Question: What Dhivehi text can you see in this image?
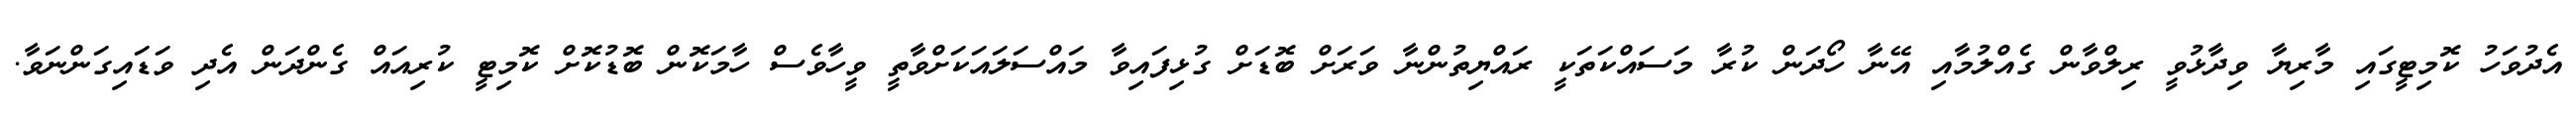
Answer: އެދުވަހު ކޮމިޓީގައި މާރިޔާ ވިދާޅުވީ ރިލްވާން ގެއްލުމާއި އޭނާ ހޯދަން ކުރާ މަސައްކަތަކީ ރައްޔިތުންނާ ވަރަށް ބޮޑަށް ގުޅިފައިވާ މައްސަލައަކަށްވާތީ ވީހާވެސް ހާމަކޮން ބޮޑުކޮށް ކޮމިޓީ ކުރިއައް ގެންދަން އެދި ވަޑައިގަންނަވާ.